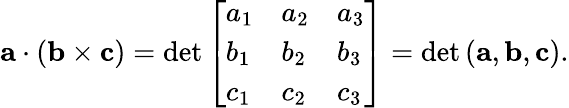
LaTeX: \mathbf{a}\cdot(\mathbf{b}\times\mathbf{c})=\operatorname*{det}{\left[\begin{array}{lll}{a_{1}}&{a_{2}}&{a_{3}}\\ {b_{1}}&{b_{2}}&{b_{3}}\\ {c_{1}}&{c_{2}}&{c_{3}}\end{array}\right]}=\mathrm{{det}}\left(\mathbf{a},\mathbf{b},\mathbf{c}\right).